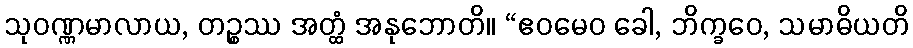
သုဝဏ္ဏမာလာယ, တဉ္စဿ အတ္ထံ အနုဘောတိ။ “ဧဝမေဝ ခေါ, ဘိက္ခဝေ, သမာဓိယတိ